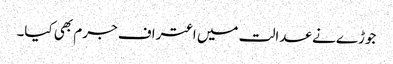
جوڑے نے عدالت میں اعتراف جرم بھی کیا۔